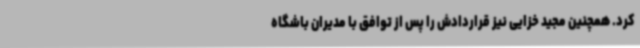
کرد. همچنین مجید خزایی نیز قراردادش را پس از توافق با مدیران باشگاه